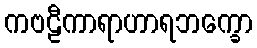
ကဗဠီကာရာဟာရဘက္ခော